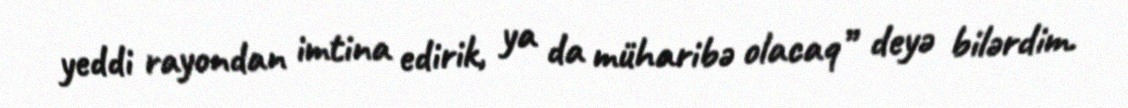
yeddi rayondan imtina edirik, ya da müharibə olacaq” deyə bilərdim.